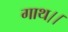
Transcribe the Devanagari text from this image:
गाथ।।